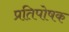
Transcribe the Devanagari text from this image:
प्रतिपोषक